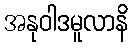
အနုဝါဒမူလာနိ